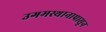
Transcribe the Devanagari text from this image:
उगमस्थानापासून